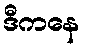
ဒီကနေ